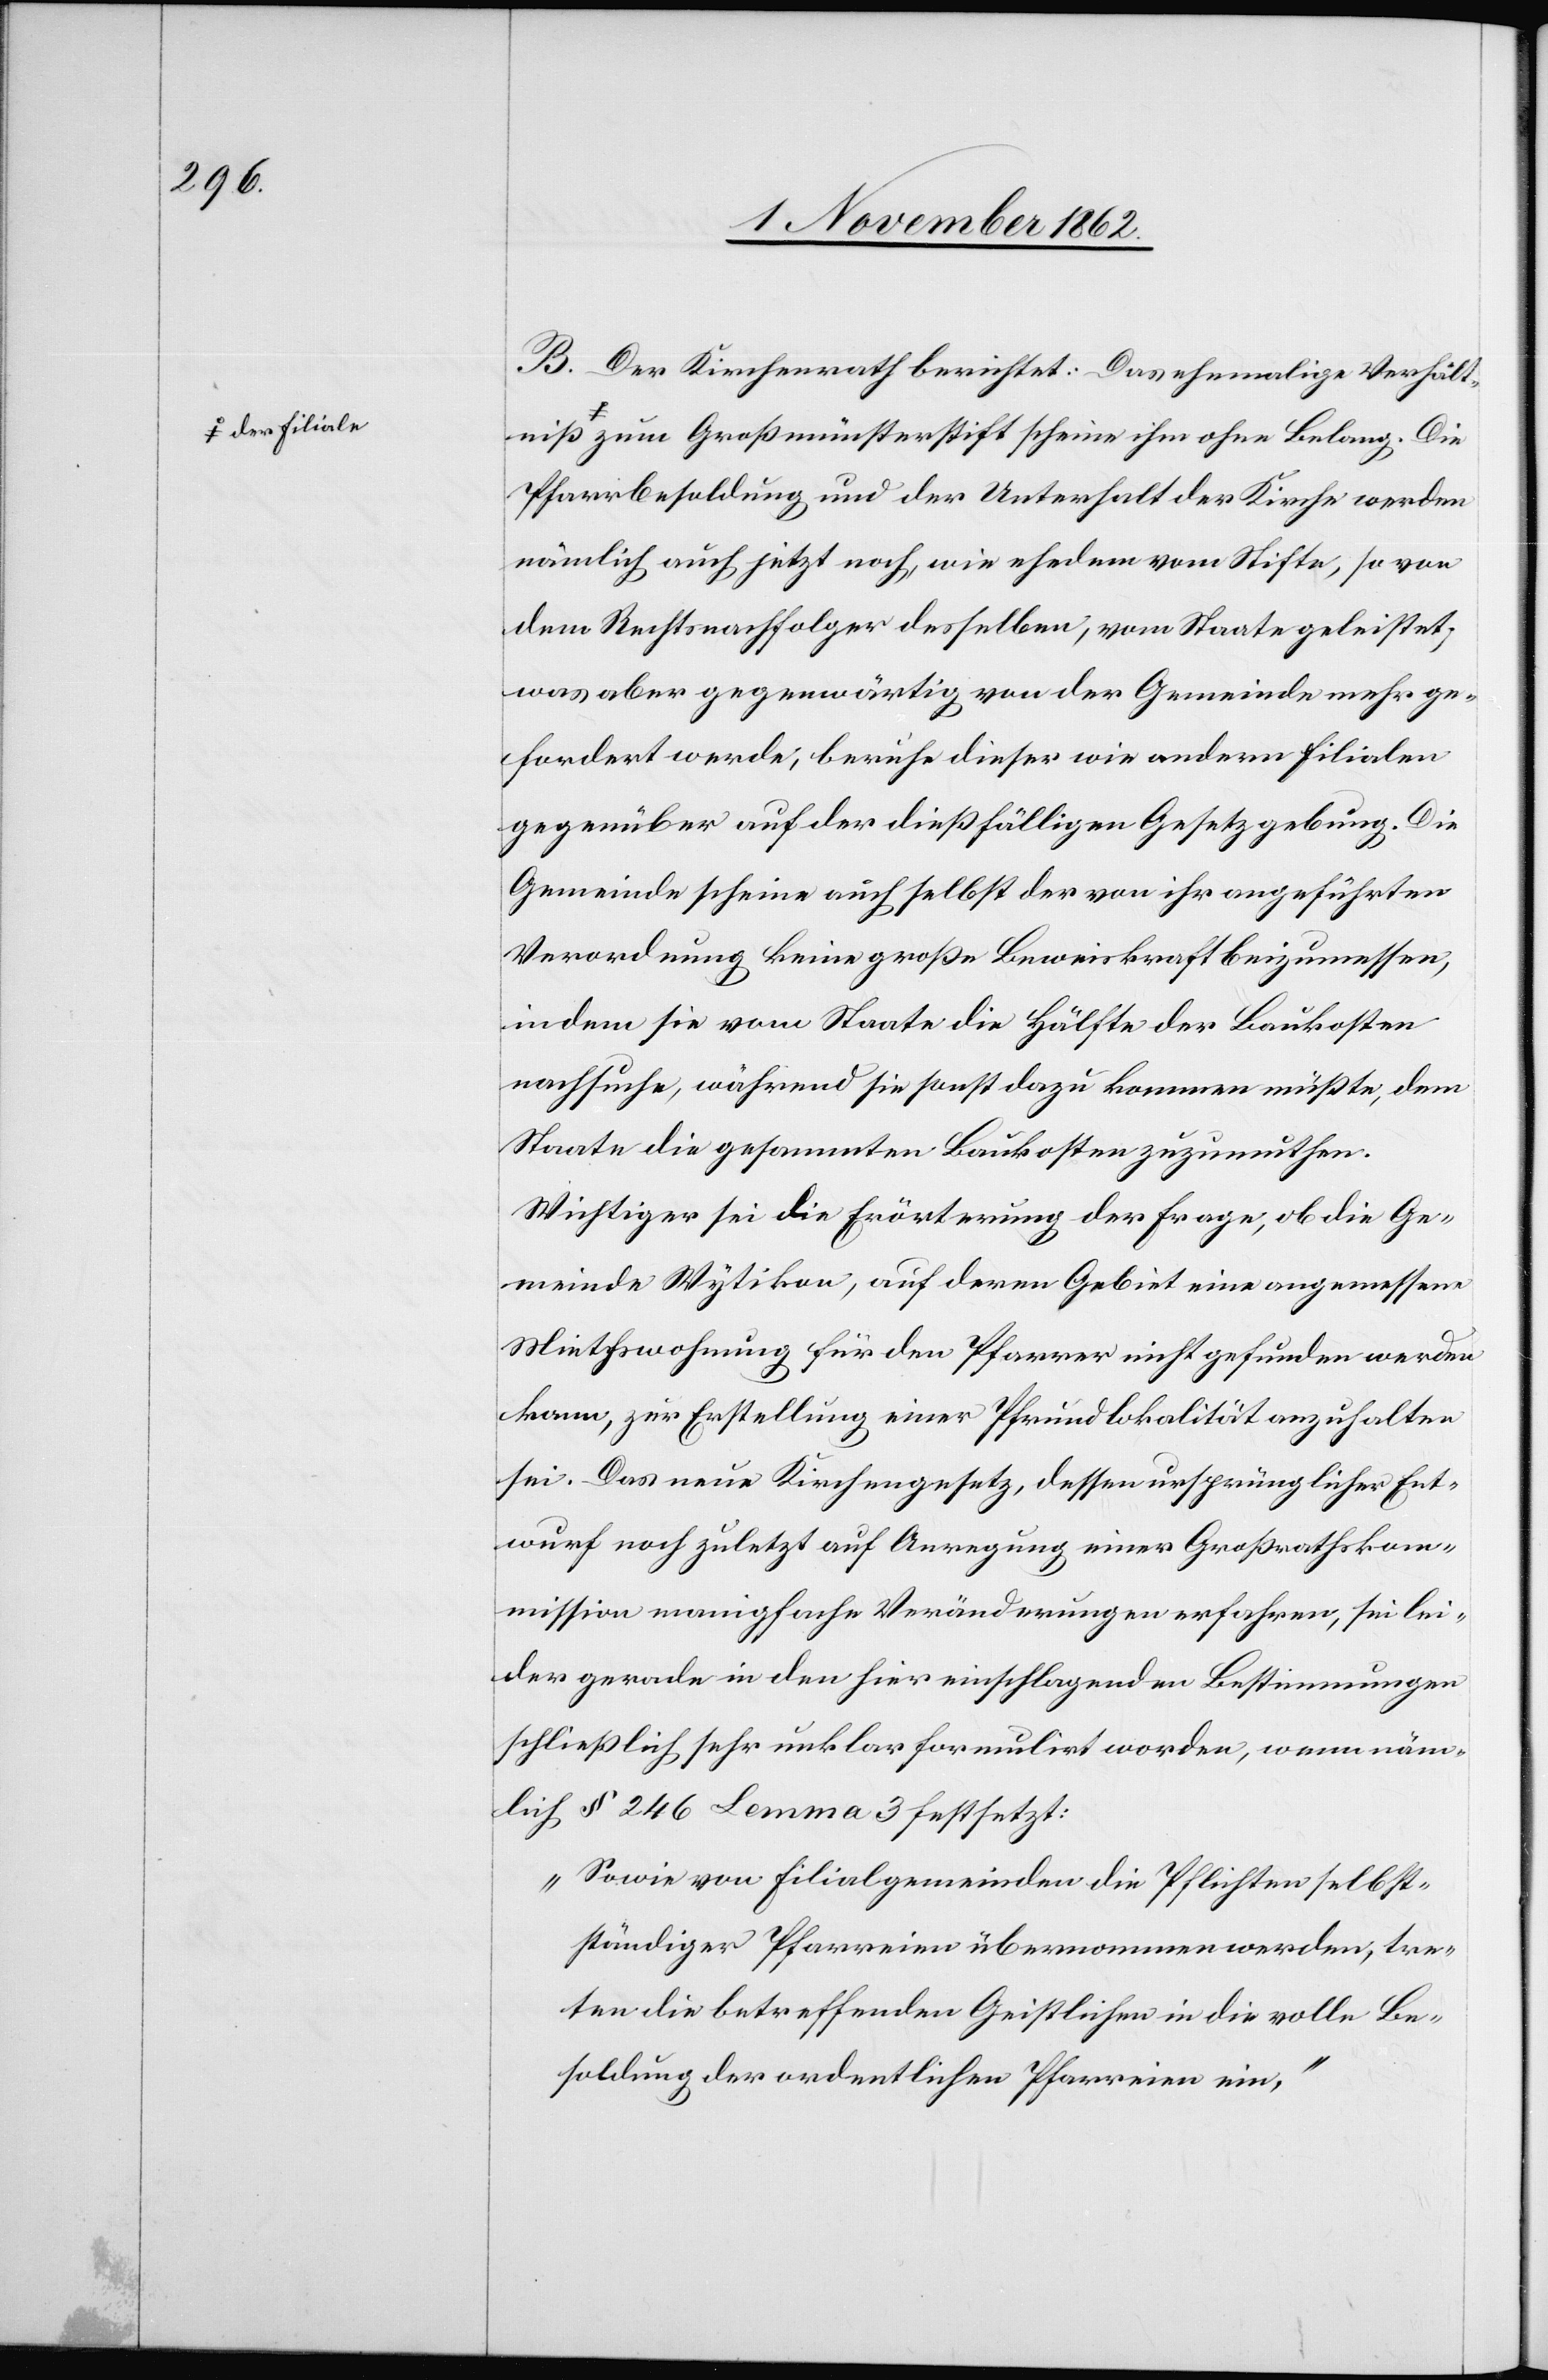
iß a-der Filiale-a

B. Der Kirchenrath berichtet: Das ehemalige Verhältn¬
zum Großmünsterstift scheine ihm ohne Belang. Die
Pfarrbesoldung und der Unterhalt der Kirche werden
nämlich auch jetzt noch, wie ehedem vom Stifte, so von
dem Rechtsnachfolger desselben, vom Staate geleistet,
was aber gegenwärtig von der Gemeinde mehr ge¬
fordert werde, beruhe dieser wie andern Filialen
gegenüber auf der dießfälligen Gesetzgebung. Die
Gemeinde scheine auch selbst der von ihr angeführten
Verordnung keine große Beweiskraft beizumessen,
indem sie vom Staate die Hälfte der Baukosten
nachsuche, während sie sonst dazu kommen müßte, dem
Staate die gesammten Baukosten zuzumuthen.
Wichtiger sei die Erörterung der Frage, ob die Ge¬
meinde Wytikon, auf deren Gebiet eine angemessene
Miethswohnung für den Pfarrer nicht gefunden werden
kann, zur Erstellung einer Pfrundlokalität anzuhalten
sei. Das neue Kirchengesetz, dessen ursprünglicher Ent¬
wurf noch zuletzt auf Anregung einer Großrathskom¬
mission manigfache Veränderungen erfahren, sei lei¬
der gerade in den hier einschlagenden Bestimmungen
schließlich sehr unklar formulirt worden, wenn näm¬
lich § 246 Lemma 3 festsetzt:
„Sowie von Filialgemeinden die Pflichten selbst¬
ständiger Pfarreien übernommen werden, tre¬
ten die betreffenden Geistlichen in die volle Be¬
soldung der ordentlichen Pfarreien ein,“